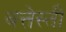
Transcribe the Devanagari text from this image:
बत्तेस्ती